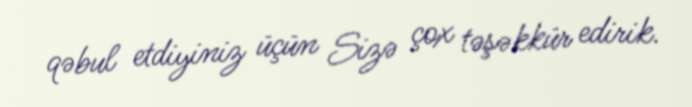
qəbul etdiyiniz üçün Sizə çox təşəkkür edirik.